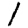
Digit: 1